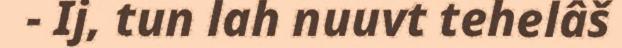
- Ij, tun lah nuuvt tehelâš